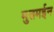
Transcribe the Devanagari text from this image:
मुतमईन